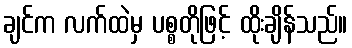
ချင်က လက်ထဲမှ ပစ္စတိုဖြင့် ထိုးချိန်သည်။